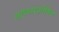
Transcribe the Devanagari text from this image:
अहंकारप्रतिषेध